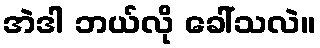
အဲဒါ ဘယ်လို ခေါ်သလဲ။